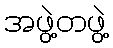
အဖွဲ့တဖွဲ့